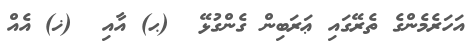
އަހަރެމެންގެ ތެރޭގައި ޢަރަބިން ގެންގުޅޭ  (ޙ) އާއި  (ޚ) އެއް